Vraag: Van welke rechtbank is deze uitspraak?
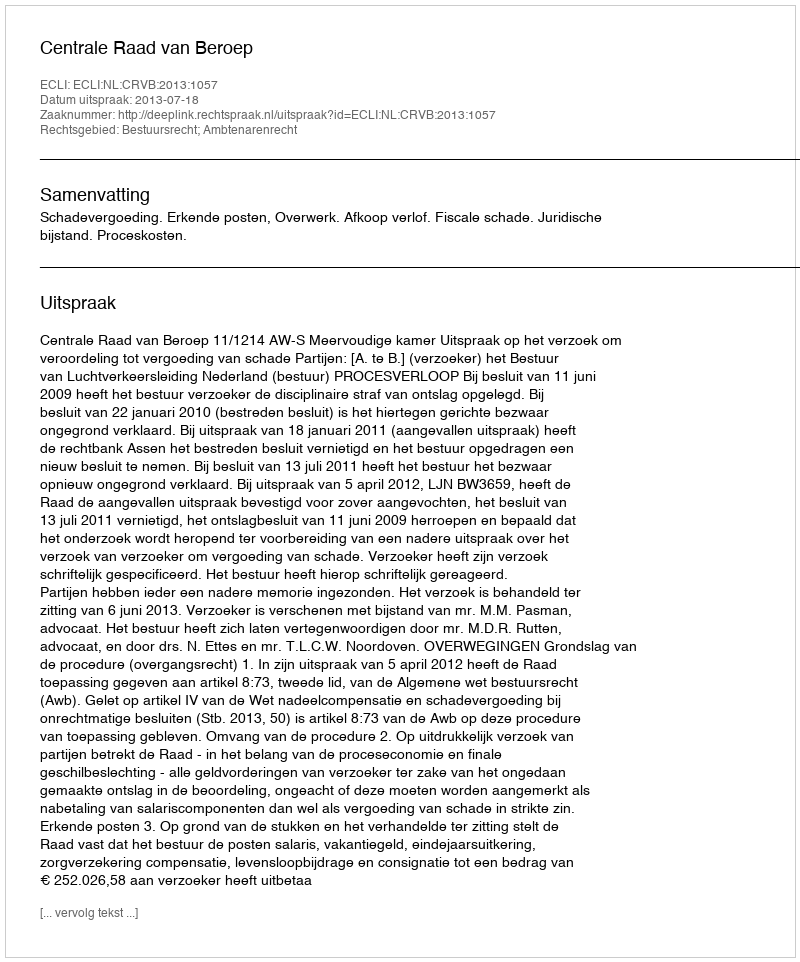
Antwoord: Centrale Raad van Beroep